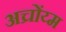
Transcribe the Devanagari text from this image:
अच्रोंय्म